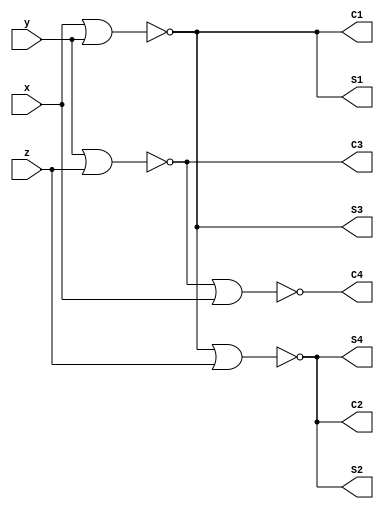
`timescale 1ns / 1ps
//////////////////////////////////////////////////////////////////////////////////
// Company: 
// Engineer: 
// 
// Design Name: 
// Module Name:    Ex2 
// Project Name: 
// Target Devices: 
// Tool versions: 
// Description: 
//
// Dependencies: 
//
// Revision: 
// Revision 0.01 - File Created
// Additional Comments: 
//
//////////////////////////////////////////////////////////////////////////////////
module Ex2(S1, S2, S3, S4, C1, C2, C3, C4, x, y, z);
output S1, S2, S3, S4, C1, C2, C3, C4;
input x, y, z;

wire S1, S2, S3, S4, C1, C2, C3, C4, x, y, z;

nor(S1, x, y);
nor(S2, S1, z);
nor(C1, y, x);
nor(C2, C1, z);

nor(S3, x, y);
nor(S4, S3, z);
nor(C3, y, z);
nor(C4, C3, x);

endmodule